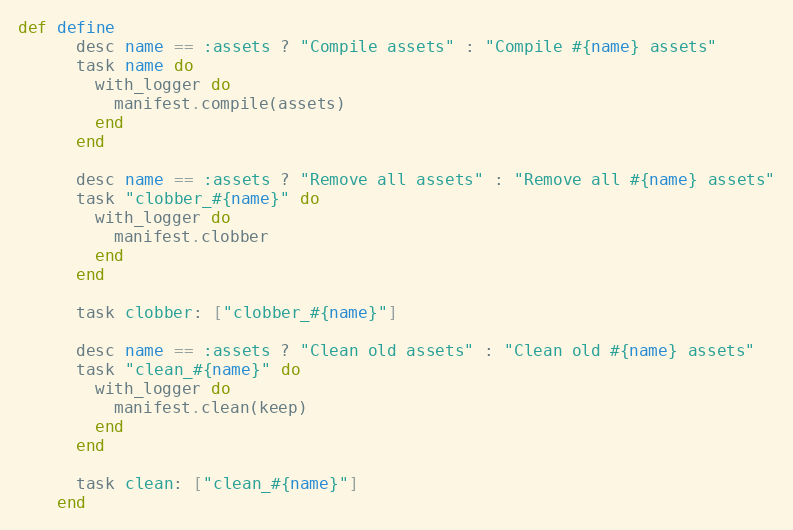
Language: Ruby
def define
      desc name == :assets ? "Compile assets" : "Compile #{name} assets"
      task name do
        with_logger do
          manifest.compile(assets)
        end
      end

      desc name == :assets ? "Remove all assets" : "Remove all #{name} assets"
      task "clobber_#{name}" do
        with_logger do
          manifest.clobber
        end
      end

      task clobber: ["clobber_#{name}"]

      desc name == :assets ? "Clean old assets" : "Clean old #{name} assets"
      task "clean_#{name}" do
        with_logger do
          manifest.clean(keep)
        end
      end

      task clean: ["clean_#{name}"]
    end